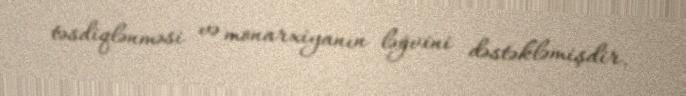
təsdiqlənməsi və monarxiyanın ləğvini dəstəkləmişdir.